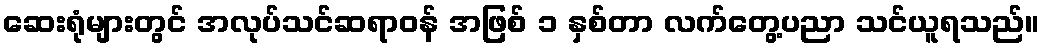
ဆေးရုံများတွင် အလုပ်သင်ဆရာဝန် အဖြစ် ၁ နှစ်တာ လက်တွေ့ပညာ သင်ယူရသည်။